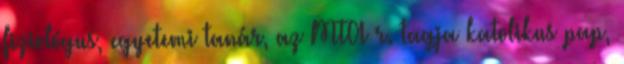
fiziológus, egyetemi tanár, az MTA r. tagja katolikus pap,